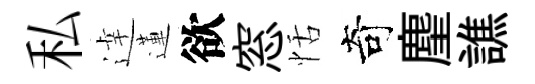
私逹蓮欲窓恬奇麈譙